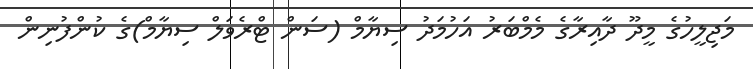
މަޖިލީހުގެ މީދޫ ދާއިރާގެ މެމްބަރު އަހުމަދު ސިޔާމް (ސަން ޓްރެވަލް ސިޔާމް)ގެ ކުންފުނިން